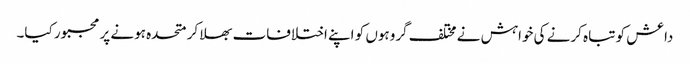
داعش کو تباہ کرنے کی خواہش نے مختلف گروہوں کو اپنے اختلافات بھلا کر متحدہ ہونے پر مجبور کیا۔